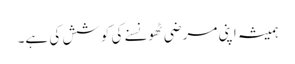
ہمیشہ اپنی مرضی ٹھونسنے کی کوشش کی ہے۔